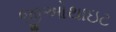
જીઓથાઇટ